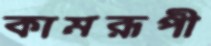
কামরূপী